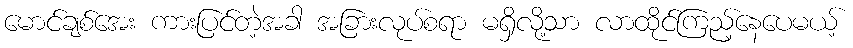
မောင်ချစ်အေး ကားပြင်တဲ့အခါ အခြားလုပ်စရာ မရှိလို့သာ လာထိုင်ကြည့်နေပေမယ့်